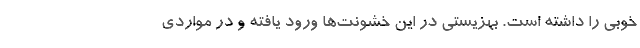
خوبی را داشته است. بهزیستی در این خشونت‌ها ورود یافته و در مواردی